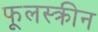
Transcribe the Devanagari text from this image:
फूलस्क्रीन